Civil Veterinary Department Bihar & Orissa reports 1922-29 - 1922-1929
Year: 1922
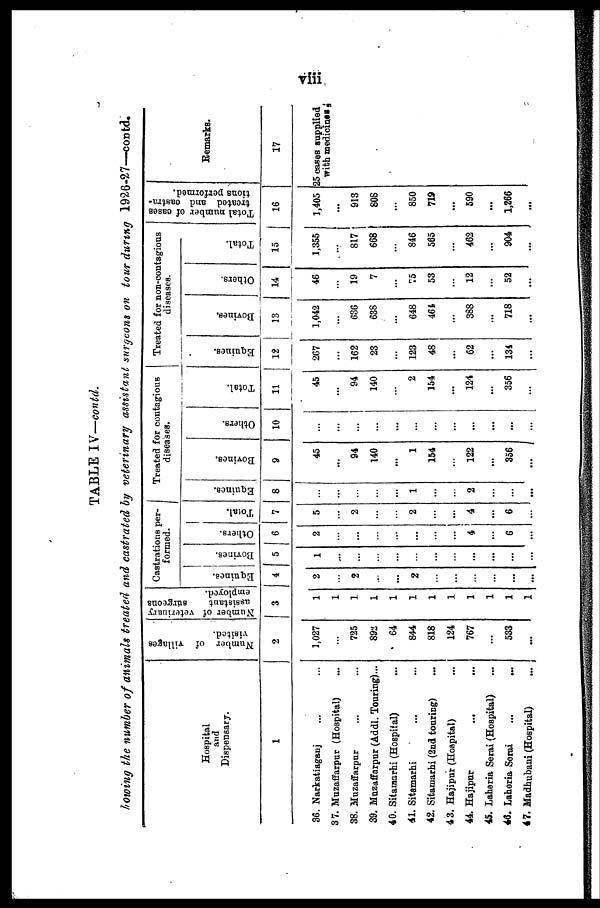
TABLE IV—contd.
flowing the number of animals treated and castrated by veterinary assistant surrgeons on tour during 1926 -27—contd.
Hospital
and
Dispensary.
1
36. Narkatiaganj
37. Muzaffarpur (Hospital)
88. Muzaffarpur
39. Muzaffarpur (Addl. Touring)...
40. Sitaraarhi (Hospital)
41. Sitamarhi
42. Sitamarhi (2nd touring)
4 3. Hajipar (Hospital)
44. Hajipur
...
45. Laheria Serai (Hospital)
46. Laheria Serai
...
...
47. Madhubani (Hospital)
Number of Tillages
visited.
2
1,027
725
892
64
844
818
124
767
533
...
Number of veterinary
assistant
surgeons
employed.
3
Castrations per-
formed.
Equines.
4
2
2
2
...
Bovines.
1
Others.
2
...
...
4
...
6
...
Total.
7
5
2
2
...
4
...
6
Treated for contagious
diseases.
Equines.
8
1
2
...
Bovines.
9
45
94
140
...
1
154
122
...
356
...
Ot her s .
10
...
...
...
...
...
...
Total.
11
45
94
140
2
154
...
124
...
356
...
Treated for non-contagious
diseases.
Equi nes .
12
267
162
23
123
48
...
62
...
134
...
Bovines.
13
1,042
636
638
648
464
388
...
718
...
Others.
14
46
19
7
75
53
12
...
52
...
Tot al .
15
1,355
817
668
846
565
462
904
...
Total number of cases
treated and castra-
tions performed.
16
1,405
913
808
...
850
719
...
590
...
1,266
...
Remarks.
17
25 cases supplied
with medicines